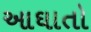
આઘાતો